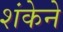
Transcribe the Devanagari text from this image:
शंकेने